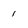
Character: 1